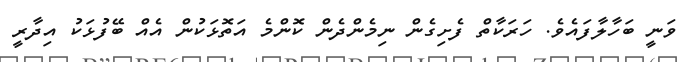
ވަނީ ބަހާލާފައެވެ. ހަރަކާތް ފެށިގެން ނިމެންދެން ކޮންމެ އަތޮޅަކުން އެއް ބޭފުޅަކު އިދާރީ